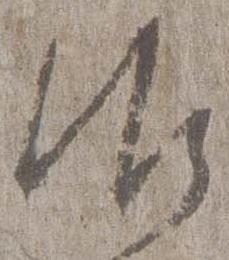
御